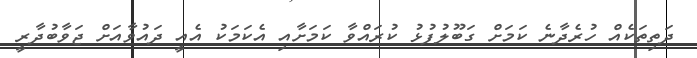
ދަތިތަކެއް ހުރެދާނެ ކަމަށް ގަބޫލުފުޅު ކުރައްވާ ކަމަށާއި އެކަމަކު އެއީ ދައުވާއަށް ޖަވާބުދާރީ